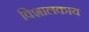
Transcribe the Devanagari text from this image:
विशालकाय